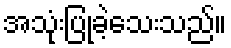
အသုံးပြုခဲ့သေးသည်။